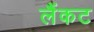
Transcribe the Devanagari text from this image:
लैंकट